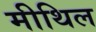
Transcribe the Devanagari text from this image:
मीथिल